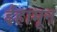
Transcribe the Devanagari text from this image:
ईहामून